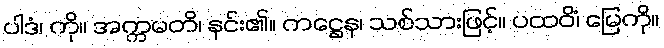
ပါဒံ၊ ကို။ အက္ကမတိ၊ နင်း၏။ ကဋ္ဌေန၊ သစ်သားဖြင့်။ ပထဝိံ၊ မြေကို။